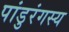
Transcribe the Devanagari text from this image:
पांडुरंगस्य